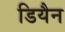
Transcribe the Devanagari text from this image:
डियैन